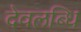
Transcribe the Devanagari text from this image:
देवलब्धि